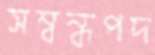
সম্বন্ধপদ